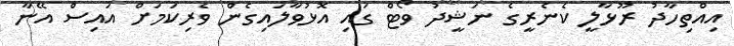
އިއްތިހާދު ރޫޅާލީ ކެނެރީގެ ނަޝީދު ވޯޓް ގައި އޮޅުވާލައިގެން ވެރިކަމަށް އައިސް އޭނާ